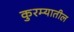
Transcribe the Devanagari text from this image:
कुरम्यातील